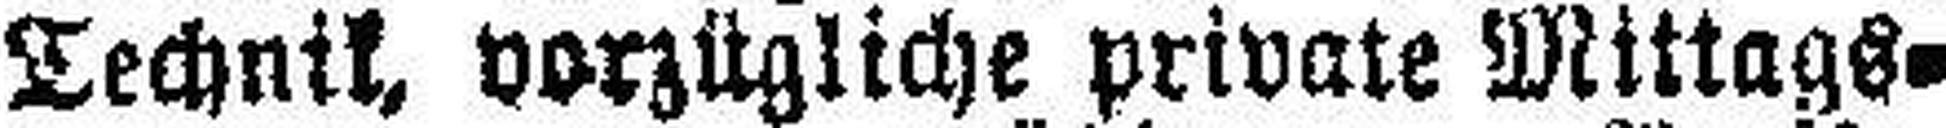
Technik, vorzügliche private Mittags¬